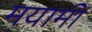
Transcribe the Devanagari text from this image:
मयामी